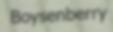
Boysenberry